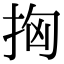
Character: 𢫤